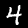
Digit: 4